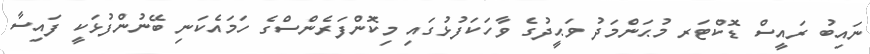
ނައިބު ރައީސް ޑޮކްޓަރ މުޙަންމަދު ވަޙީދުގެ ވާހަކަފުޅުގައި މިކޮންފަރެންސްގެ ހަމައެކަނި ބޭނުންފުޅަކީ ފައިސާ